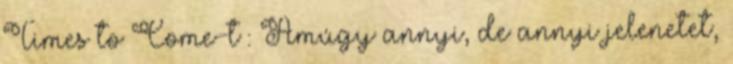
Times to Come-t : Amúgy annyi, de annyi jelenetet,